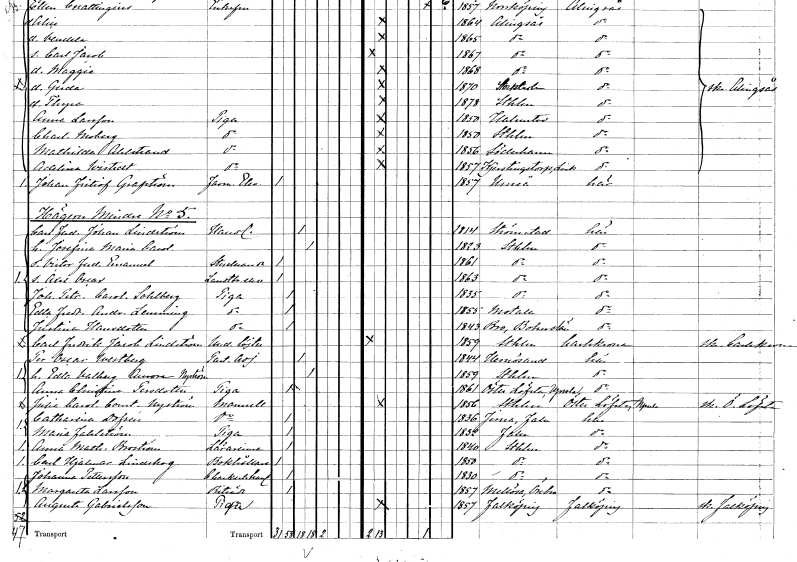
gt_parse: households: individuals: FN: Carl Fredrik Johan
EN: Lindström
YRKE: Handlande
KON: M
CIV: G
FODAR: 1814
FODFORS: Strömstad Göteborgs- och Bohuslän
FN: Josefina Maria Carolina
KON: K
CIV: G
FODAR: 1823
FODFORS: Stockholm
FN: Victor Fredrik Emanuel
YRKE: Studerande
KON: M
CIV: O
FODAR: 1861
FODFORS: Stockholm
FN: Axel Oscar
YRKE: Lantbrukselev
KON: M
CIV: O
FODAR: 1863
FODFORS: Stockholm
FN: Johanna Petronella Carolina
EN: Sohlberg
YRKE: Piga
KON: K
CIV: O
FODAR: 1835
FODFORS: Stockholm
FN: Edla Fredrika Andrietta
EN: Lemming
YRKE: Piga
KON: K
CIV: O
FODAR: 1855
FODFORS: Motala Östergötlands län
FN: Justina
EN: Hansdotter
YRKE: Piga
KON: K
CIV: O
FODAR: 1843
FODFORS: Bro Göteborgs- och Bohuslän
FN: Carl Fredrik Jacob
EN: Lindström
YRKE: Underlöjtnant
KON: M
CIV: O
FODAR: 1859
FODFORS: Stockholm
FN: Per Oscar
EN: Westberg
YRKE: Pastorsadjunkt
KON: M
CIV: G
FODAR: 1844
FODFORS: Härnösand Västernorrlands län
FN: Edla Walborg Aurora
EN: Nyström
KON: K
CIV: G
FODAR: 1859
FODFORS: Stockholm
FN: Anna Christina
EN: Persdotter
YRKE: Piga
KON: K
CIV: O
FODAR: 1861
FODFORS: Österlövsta Uppsala län
FN: Julia Carolina Constantia
EN: Nyström
KON: K
CIV: O
FODAR: 1856
FODFORS: Österlövsta Uppsala län
FN: Catharina
EN: Dofsén
KON: K
CIV: O
FODAR: 1836
FODFORS: Järna Kopparbergs län
FN: Maria
EN: Fahlström
YRKE: Piga
KON: K
CIV: O
FODAR: 1832
FODFORS: Falun Kopparbergs län
FN: Anna Mathilda
EN: Broström
YRKE: Lärarinna
KON: K
CIV: O
FODAR: 1840
FODFORS: Stockholm
FN: Carl Hjalmar
EN: Lindskog
YRKE: Bokhållare
KON: M
CIV: O
FODAR: 1850
FODFORS: Stockholm
FN: Johanna
EN: Pettersson
YRKE: Charkuterihandlande
KON: K
CIV: O
FODAR: 1830
FODFORS: Stockholm
FN: Margareta
EN: Larsson
YRKE: Biträde
KON: K
CIV: O
FODAR: 1857
FODFORS: Stora Mellösa Örebro län
FN: Augusta
EN: Gabrielsson
YRKE: Piga
KON: K
CIV: O
FODAR: 1857
FODFORS: Falköping Skaraborgs län